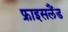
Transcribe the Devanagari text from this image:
फ्राइसलैंड